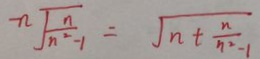
- n \sqrt { \frac { n } { n ^ { 2 } - 1 } } = \sqrt { n + \frac { n } { n ^ { 2 } - 1 } }